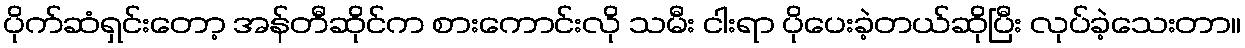
ပိုက်ဆံရှင်းတော့ အန်တီဆိုင်က စားကောင်းလို သမီး ငါးရာ ပိုပေးခဲ့တယ်ဆိုပြီး လုပ်ခဲ့သေးတာ။